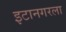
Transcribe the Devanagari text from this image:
इटानगरला